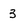
Character: 3